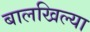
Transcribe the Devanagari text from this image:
बालखिल्या